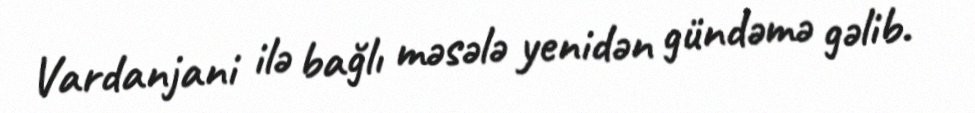
Vardanjani ilə bağlı məsələ yenidən gündəmə gəlib.